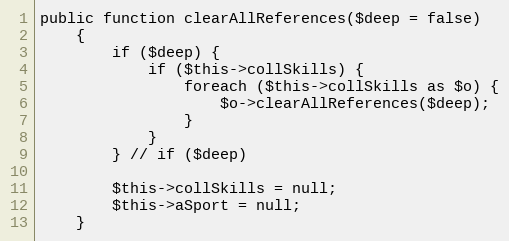
Language: PHP
public function clearAllReferences($deep = false)
    {
        if ($deep) {
            if ($this->collSkills) {
                foreach ($this->collSkills as $o) {
                    $o->clearAllReferences($deep);
                }
            }
        } // if ($deep)

        $this->collSkills = null;
        $this->aSport = null;
    }